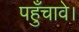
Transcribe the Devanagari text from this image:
पहुँचावे।